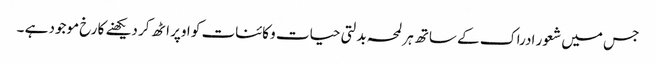
جس میں شعور ادراک کے ساتھ ہر لمحہ بدلتی حیات و کائنات کو اوپر اٹھ کر دیکھنے کا رخ موجود ہے ۔